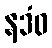
နဒံဝ